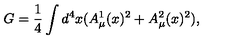
G = \frac { 1 } { 4 } \int d ^ { 4 } x ( A _ { \mu } ^ { 1 } ( x ) ^ { 2 } + A _ { \mu } ^ { 2 } ( x ) ^ { 2 } ) ,